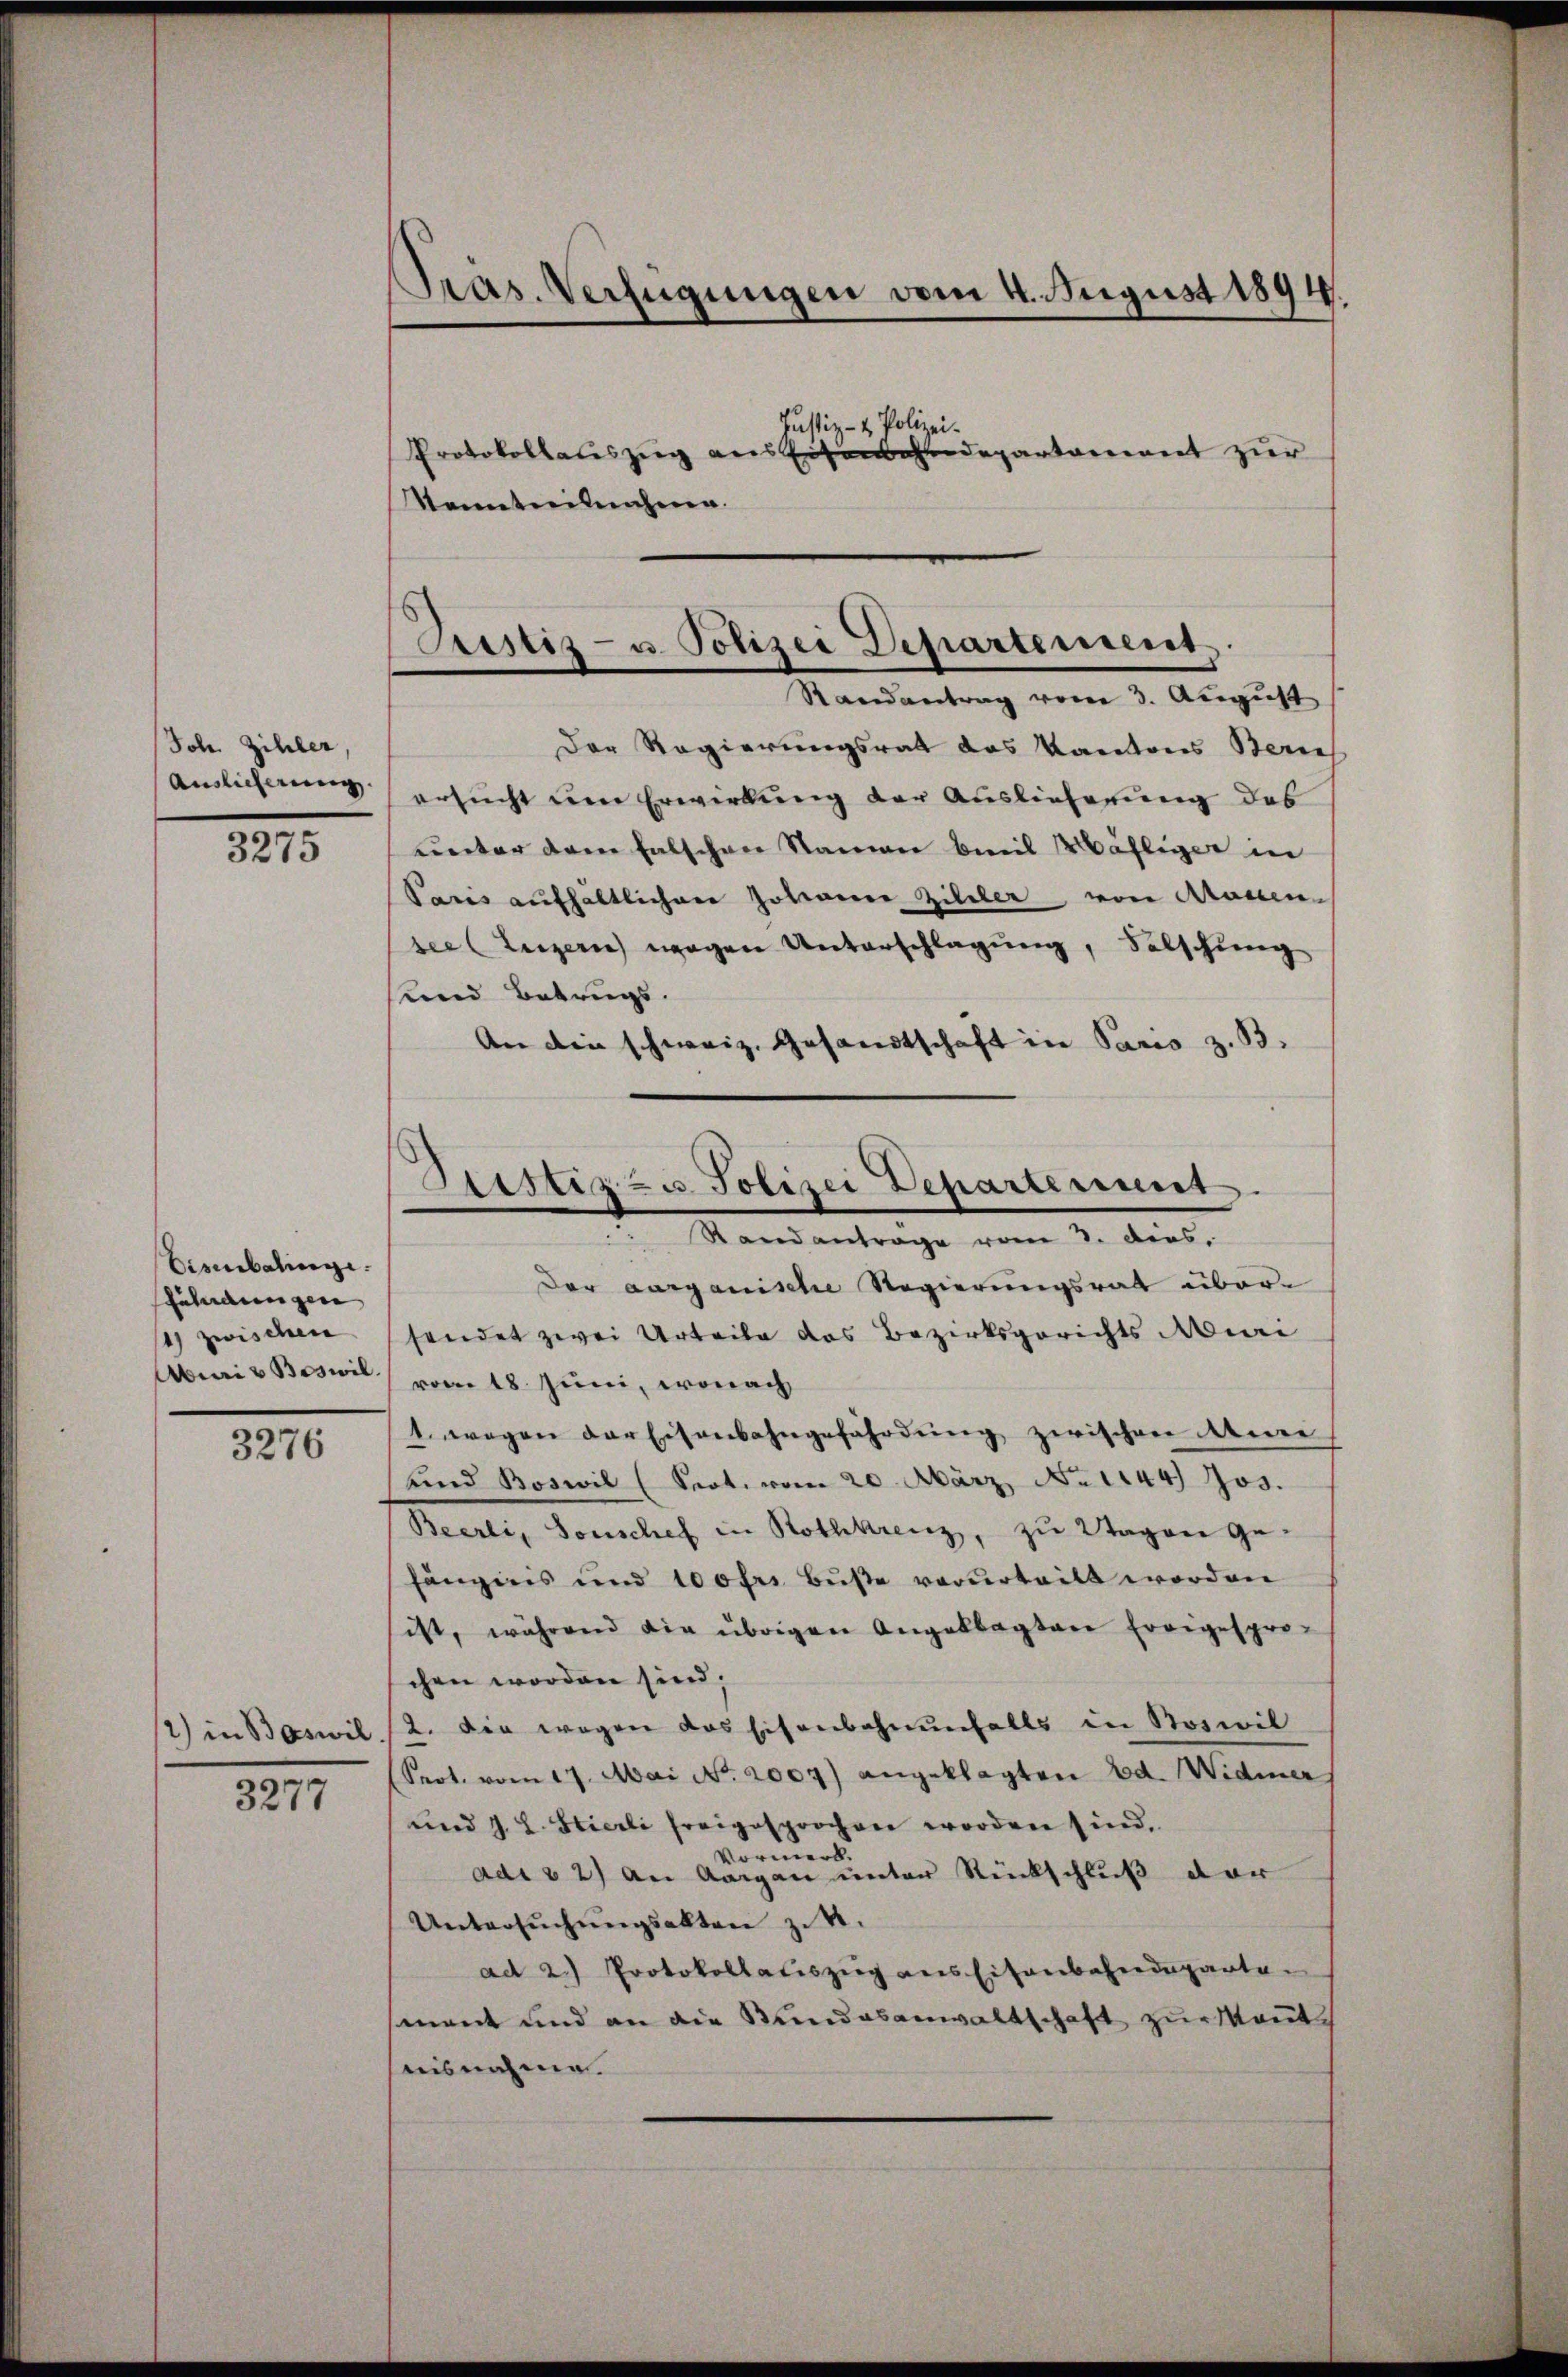
Joh. Zihler,
Auslieferung.

3275

bisibalinge.
fühndungen
14) zwischen
Airi & Boswil.

3276

3277

Präs. Verfügungen vom 4. August 1894.

lizei¬
Kenntnisnahme.

Justiz- u
Protokollauszug aus Eisenbahndepartement zur

Justiz- u. Polizei Departement.
Randantrag vom 3. August

Justiz zu Polizei Departement.
 Standantrage vom 3. ders.

Der Regierungsrat das Kantons Berne
ersucht um Erwirkung der Auslieferung des
unter dem falschen Namen bereit Mähliger in
Paris aufhältlichen Johanne Ziller von Atomen-
seeluzern wegen Unterschlagung, Solschung
und Betrugs.
An die schweiz. Gesandtschaft in Pario z. B.
Der aarganische Regierungsrath übersendet zwei Urteile das Bezirksgerichts Muri
vom 18. Juni, wonach
1. wegen der Eisenbahngefährdung zwischen Anne
und Boswil (Seot. vom 20. März No. 1144) Jos.
Beerli, Sonschef in Rothkreuz, zu Wagen ge-
fängnis und 100fr. Buße verurteilt worden
ist, während die übrigen Angeklagten Ereigespro-
chen worden sind;
12) in Baswil 2. Die wegen das Eisenbahnenfalls in Boswil
Prot. vom 17. Mai No. 2007) angeklagten Ed. Widmer
und J. L. Stierli freigesprochen worden sind.
Vormer
adi 32) an Aargau unter Rückschluß der
Untersŭchŭngsakten zu 4.
ad 2.) Protokollauszug aus Eisenbahndeparten
mant und an die Stundesanwaltschaft zur kannt
uisnahmen